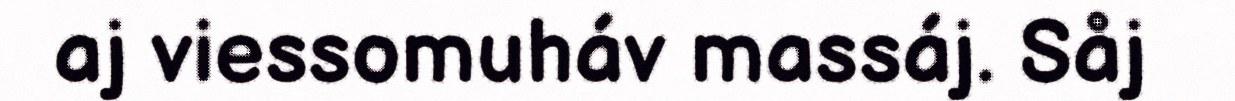
aj viessomuháv massáj. Såj